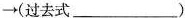
\rightarrow (过去式___)